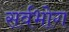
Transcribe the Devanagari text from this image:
सर्वभोग